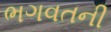
ભગવતની